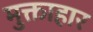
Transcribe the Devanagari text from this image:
मुक्ताहार